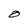
Character: O